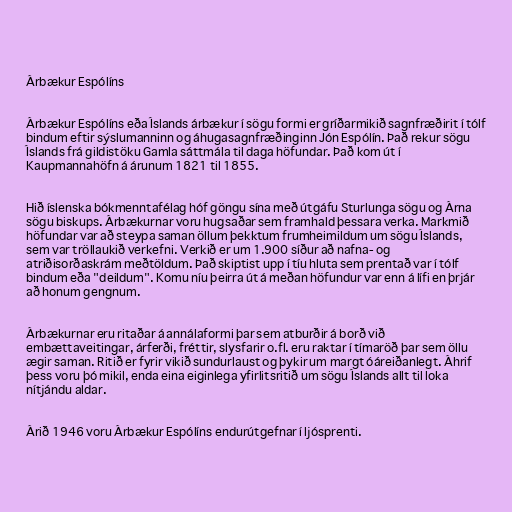
Árbækur Espólíns

Árbækur Espólíns eða Íslands árbækur í sögu formi er gríðarmikið sagnfræðirit í tólf
bindum eftir sýslumanninn og áhugasagnfræðinginn Jón Espólín. Það rekur sögu
Íslands frá gildistöku Gamla sáttmála til daga höfundar. Það kom út í
Kaupmannahöfn á árunum 1821 til 1855.

Hið íslenska bókmenntafélag hóf göngu sína með útgáfu Sturlunga sögu og Árna
sögu biskups. Árbækurnar voru hugsaðar sem framhald þessara verka. Markmið
höfundar var að steypa saman öllum þekktum frumheimildum um sögu Íslands,
sem var tröllaukið verkefni. Verkið er um 1.900 síður að nafna- og
atriðisorðaskrám meðtöldum. Það skiptist upp í tíu hluta sem prentað var í tólf
bindum eða "deildum". Komu níu þeirra út á meðan höfundur var enn á lífi en þrjár
að honum gengnum.

Árbækurnar eru ritaðar á annálaformi þar sem atburðir á borð við
embættaveitingar, árferði, fréttir, slysfarir o.fl. eru raktar í tímaröð þar sem öllu
ægir saman. Ritið er fyrir vikið sundurlaust og þykir um margt óáreiðanlegt. Áhrif
þess voru þó mikil, enda eina eiginlega yfirlitsritið um sögu Íslands allt til loka
nítjándu aldar.

Árið 1946 voru Árbækur Espólíns endurútgefnar í ljósprenti.